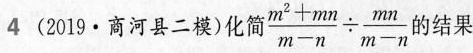
4(2019·商河县二模)化简$$ \frac { m ^ { 2 } + m n } { m - n } \div \frac { m n } { m - n }$$ 结果